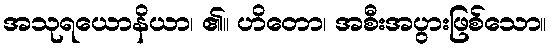
အသုရယောနိယာ၊ ၏။ ဟိတော၊ အစီးအပွားဖြစ်သော။